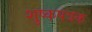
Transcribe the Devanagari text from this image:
शुष्कपत्रक